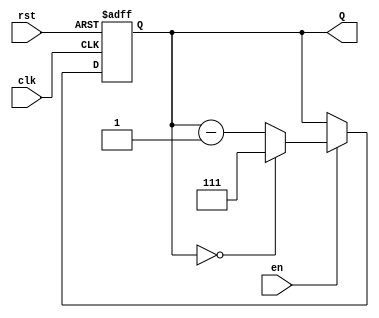
module binary_down_counter (
    input wire clk,       // Clock signal
    input wire rst,       // Asynchronous reset signal
    input wire en,        // Enable signal
    output reg [N-1:0] Q  // Current count value (N-bit wide)
);
    
    parameter N = 3;                  // Number of bits for the counter
    parameter MAX_COUNT = (1 << N) - 1; // Maximum count value for N bits

    always @(posedge clk or posedge rst) begin
        if (rst) begin
            Q <= MAX_COUNT;           // Reset to maximum value
        end else if (en) begin
            if (Q == 0) begin
                Q <= MAX_COUNT;       // Wrap around to max count when reaching zero
            end else begin
                Q <= Q - 1;           // Decrement the count
            end
        end
    end

endmodule